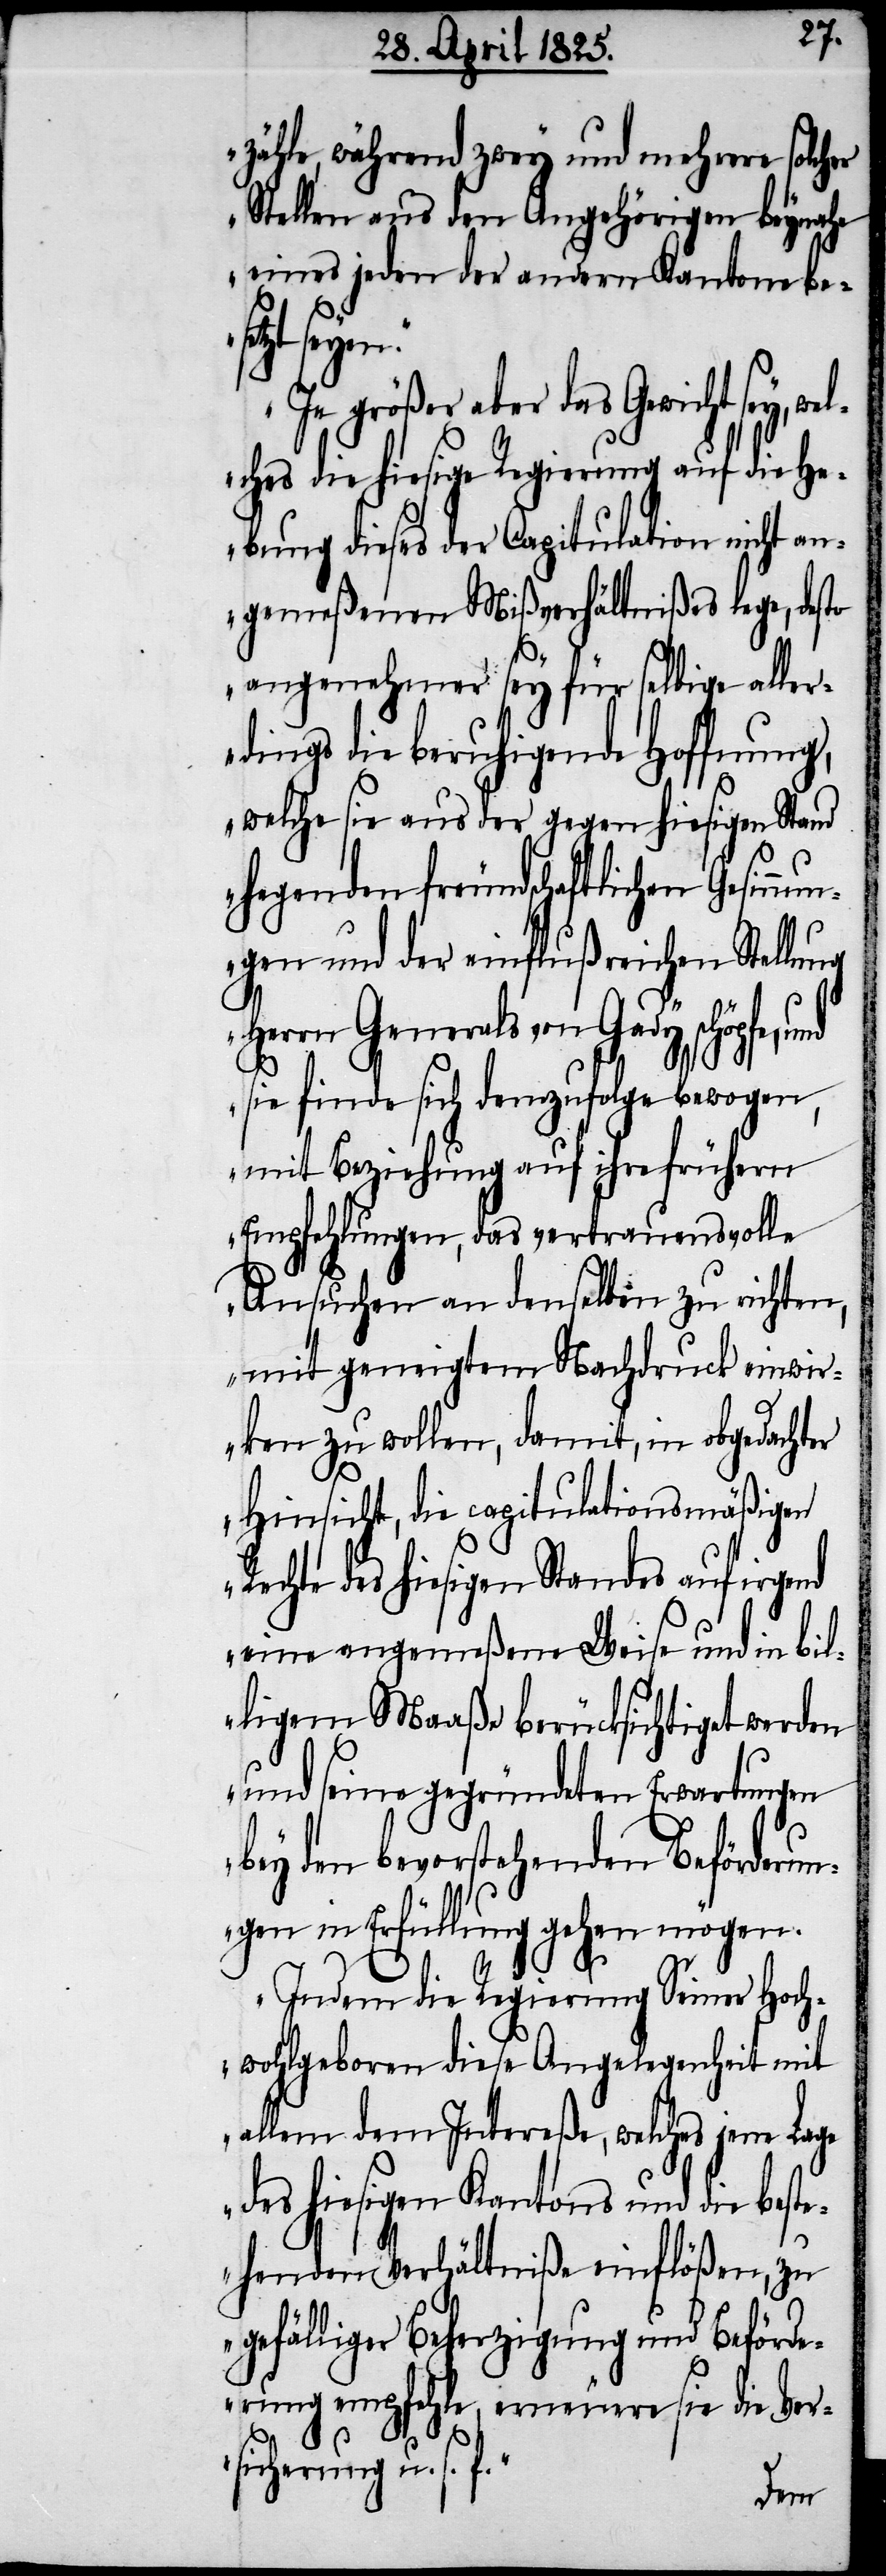
zähle, während zwey und mehrere solcher
Stellen aus den Angehörigen beynahe
eines jeden der andern Kantone be¬
lung
hegenden freundschaftlichen
lches die hiesige Regierung auf die He¬
bung dieses der Capitulation nicht an¬
gemeßenen Mißverhältnißes lege, desto
angenehmer sey für selbige aller¬
dings die beruhigende Hoffnung,
welche sie aus der gegen hiesigen Stand
ngen und der einflußreichen Stel¬
Herrn Generals von Gady schöpfe,
sie finde sich demzufolge bewogen,
mit Beziehung auf ihre frühern
Empfehlungen, das vertrauensvolle
Ansuchen an denselben zu richten,
mit geneigtem Nachdruck einwir¬
ken zu wollen, damit, in obgedachter
Hinsicht, die capitulationsmäßigen
Rechte des hiesigen Standes auf irgend
eine angemeßene Weise und in bil¬
ligem Maaße berücksichtiget werden
und seine gegründeten Erwartungen
bey den bevorstehenden Beförderun¬
gen in Erfüllung gehen mögen.
Indem die Regierung seiner Hoch¬
wohlgeboren diese Angelegenheit mit
allem dem Intereße, welches jene Lage
des hiesigen Kantons und die best¬
ehenden Verhältniße einflößen, zu
gefälliger Beherzigung und Beförde¬
rung empfehle, erneuere sie die Ver¬
sicherung u. s.